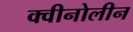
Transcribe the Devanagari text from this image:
क्वीनोलीन